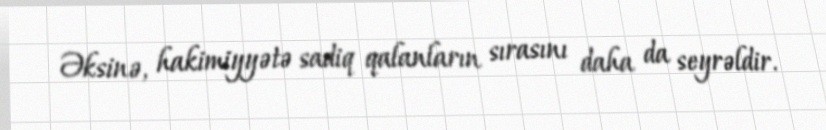
Əksinə, hakimiyyətə sadiq qalanların sırasını daha da seyrəldir.